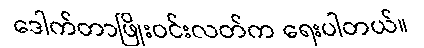
ဒေါက်တာဖြိုးဝင်းလတ်က ရေးပါတယ်။